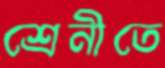
শ্রেনীতে